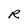
Character: R